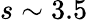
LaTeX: s\sim 3.5